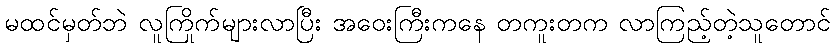
မထင်မှတ်ဘဲ လူကြိုက်များလာပြီး အဝေးကြီးကနေ တကူးတက လာကြည့်တဲ့သူတောင်